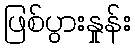
ဖြစ်ပွားနှုန်း